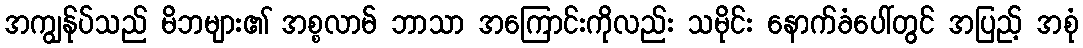
အကျွန်ုပ်သည် မိဘများ၏ အစ္စလာမ် ဘာသာ အကြောင်းကိုလည်း သမိုင်း နောက်ခံပေါ်တွင် အပြည့် အစုံ